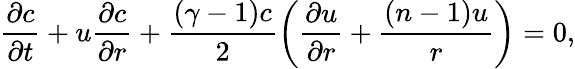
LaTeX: \frac{\partial c}{\partial t}+u\frac{\partial c}{\partial r}+\frac{\left(\gamma-1\right)c}{2}\left(\frac{\partial u}{\partial r}+\frac{\left(n-1\right)u}{r}\right)=0,